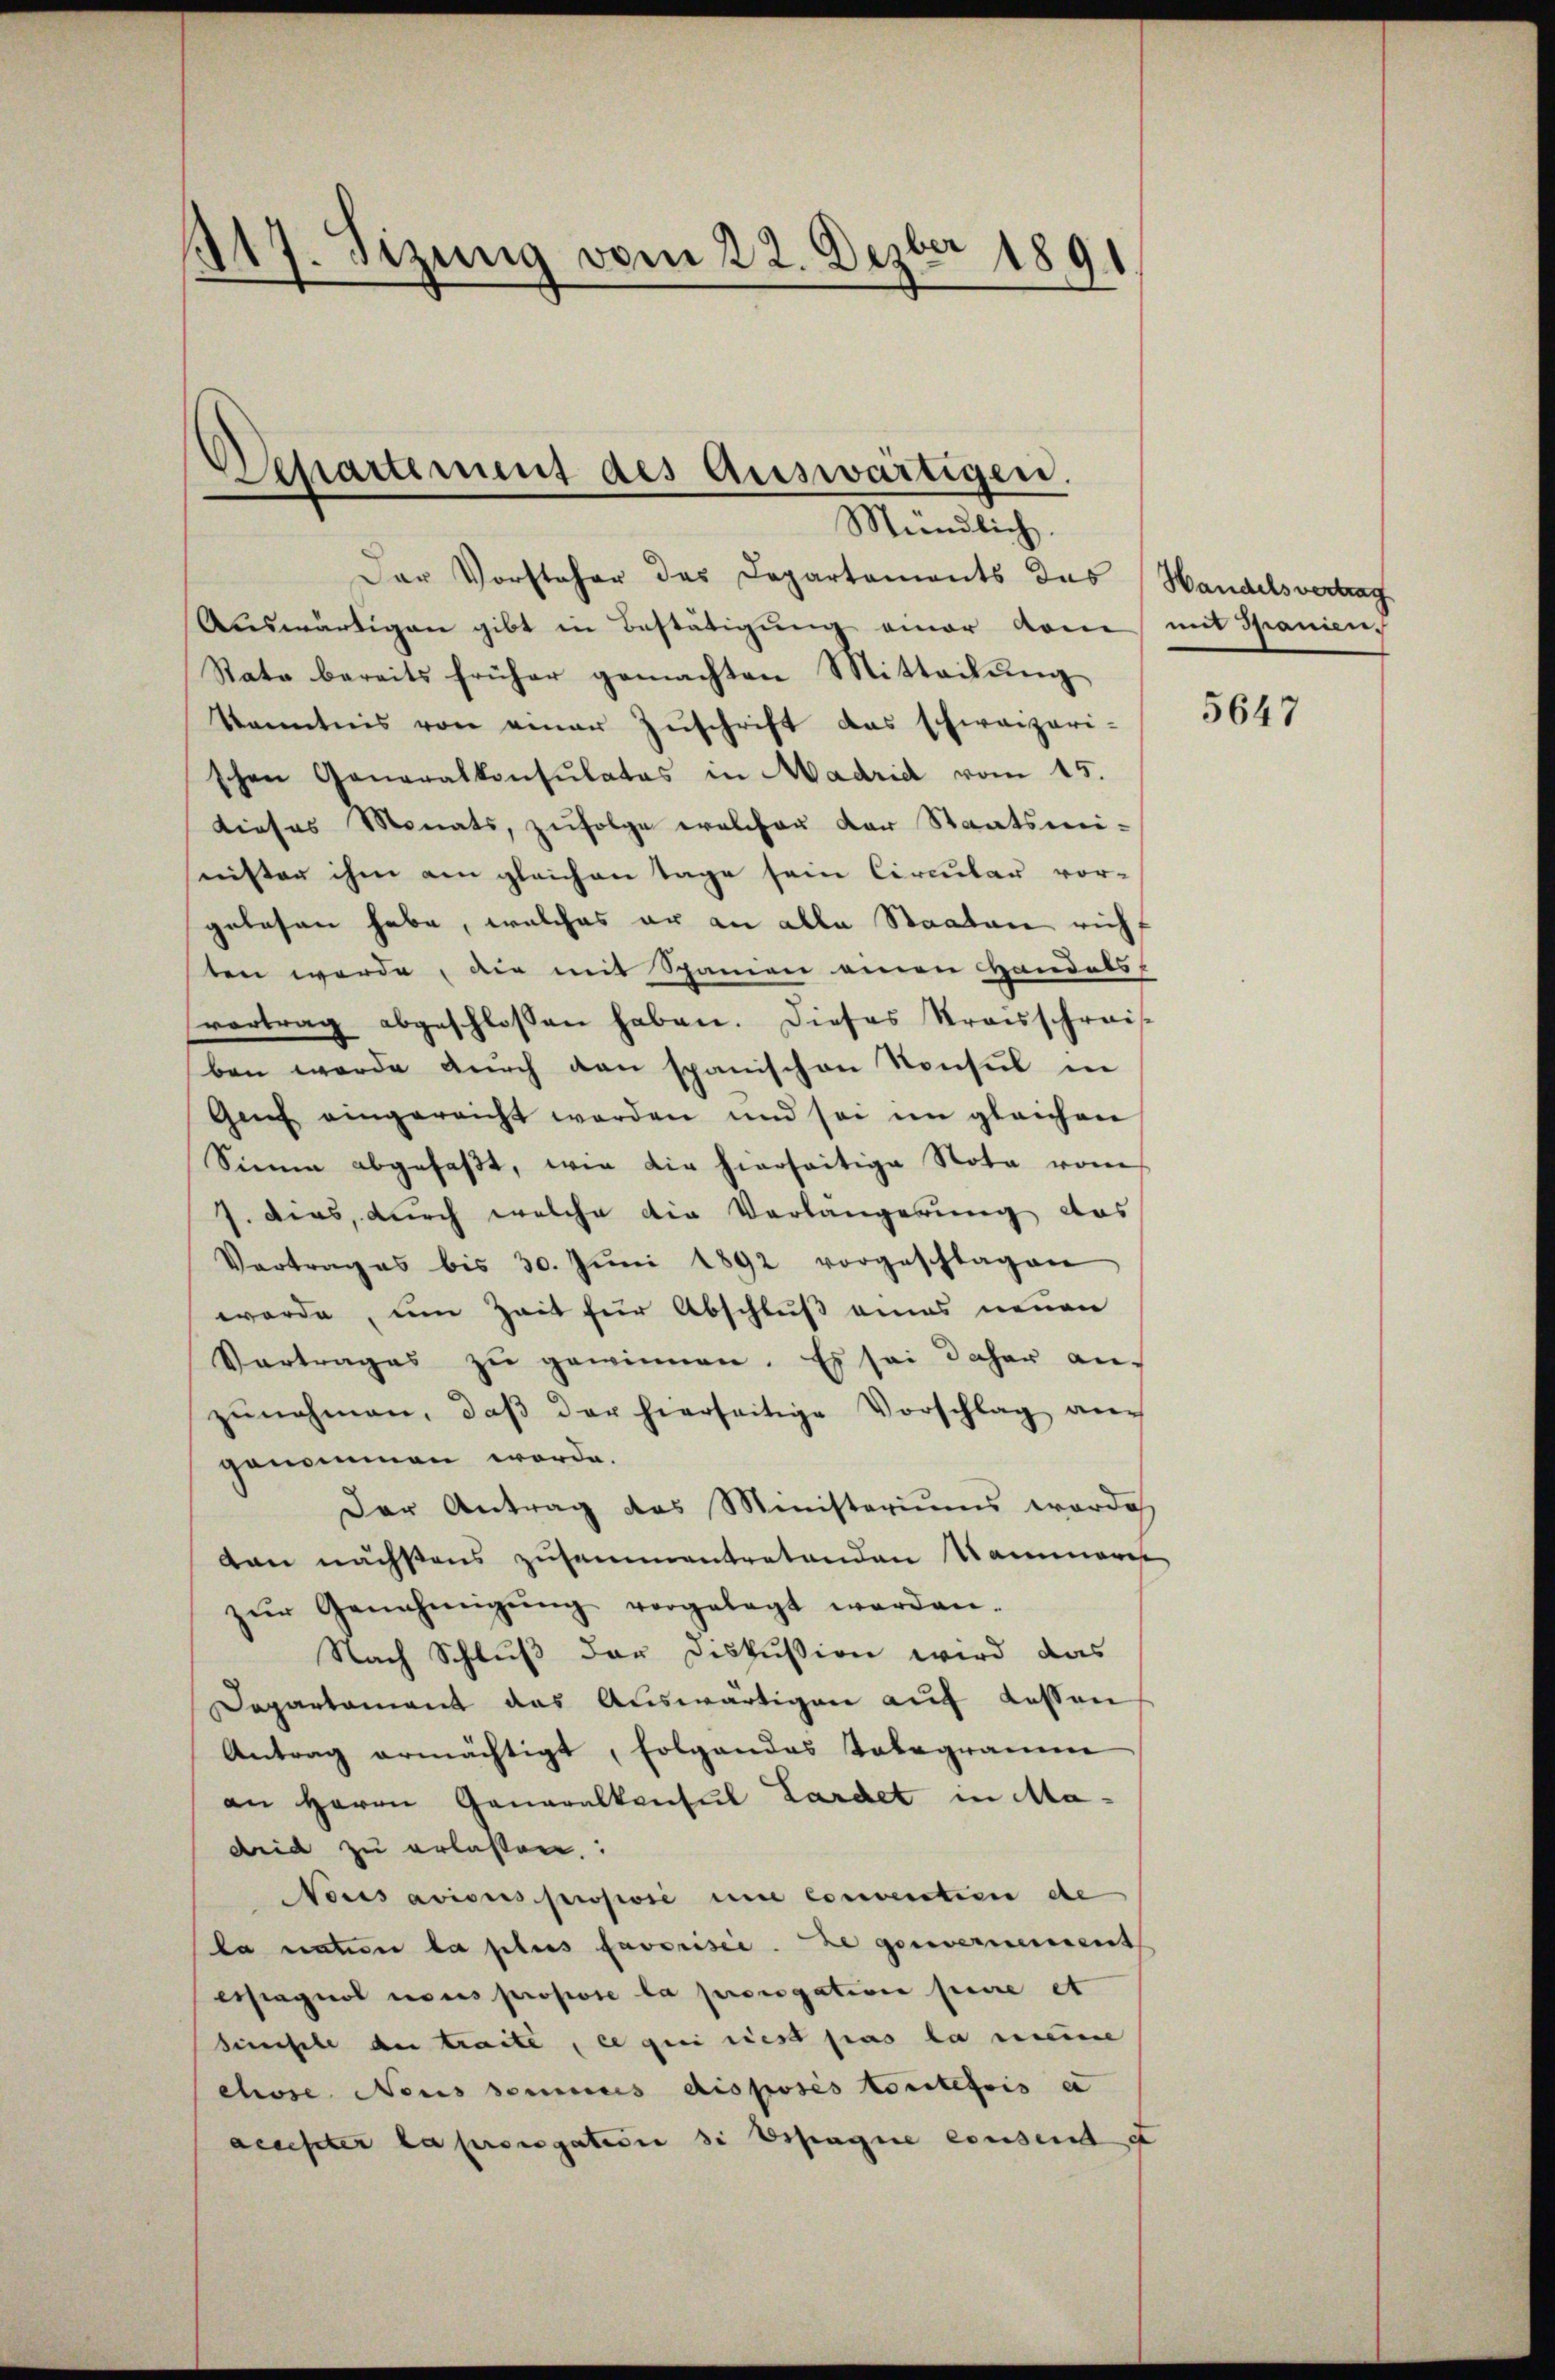
117. Sizung vom 22. Dezbr 1891

Dchartement des Auswärtigen.
Mündlich.

Der Vorsteher des Departements das Handelsvertrag
Auswärtigen gibt in Bestätigung einer kam mit Spanien,
Rata bereits früher gemachten Mitteilung
Kenntnis von einer Zŭschrift das schweizeri-
schen Generalkonsulatos in Madrid vom 15.
dieses Monats, zufolge welcher der Staatsmi-
seister ihm am gleichen Tage sein Circular vor-
gelesen habe, welches er an alle Staaten rich
ten werde, die mit Spanien einen Handels-
vortrag abgeschlossen haben. Dieses Kraisschreis
ben werde durch den spanischen Konsul in
Genf eingereicht werden und sei im gleichen
Sinne abgefaβt, wie die hierseitige Nota vom
J. dies, durch welche die Verlängerung das
Vertrages bis 30. Jŭni 1892 vorgeschlagen
worde, um Zeit für Abschluß eines neuen
Vertrages zŭ gewinnen. Es sei daher auf
zŭnehmen, daβ der hierseitige Vorschlag an
genommen werde.
Der Antrag des Ministeriums worde
den nächstens zusammentretenden Nammern
zŭr Genehmigŭng vorgelegt werden.
Nach Schluß der Diskussion wird das
Departement das Auswärtigen auf dessen
Antrag ermächtigt, folgendes Telegramm
an Herrn Generalkonsul Lardet in Madrid zu erlassen:
Vous avisus propose une convention de
la nature la plus favorisie. ze gouvernement
erstagnos nous propose la prorogativen pere et
sinische der traite, ce qui est pas la meine
chose Neus sommes disposes Moritefois e
aeuester la prorogation si Espagne consent d

5647